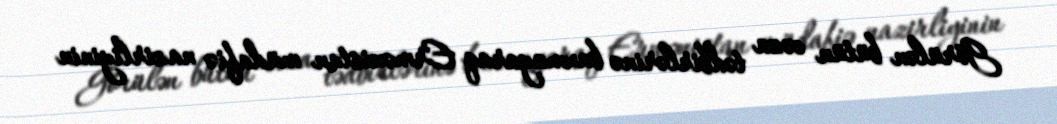
Görülən bütün cəza tədbirlərinə baxmayaraq Ermənistan müdafiə nazirliyinin